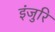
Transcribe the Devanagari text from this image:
इंजुरि